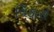
વિકારો